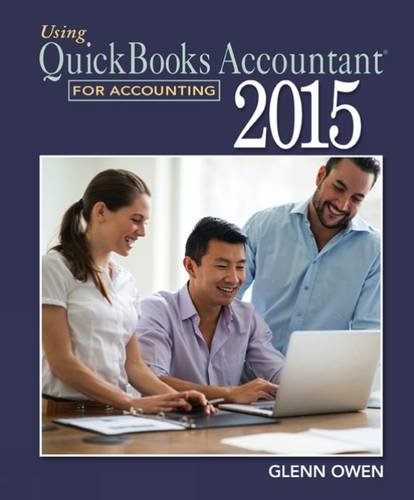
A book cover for Using QuickBooks Accountant 2015 for Accounting (with QuickBooks CD-ROM); Glenn Owen; Computers & Technology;